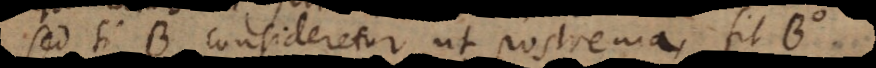
Sed si B consideretur ut postrema, fit B